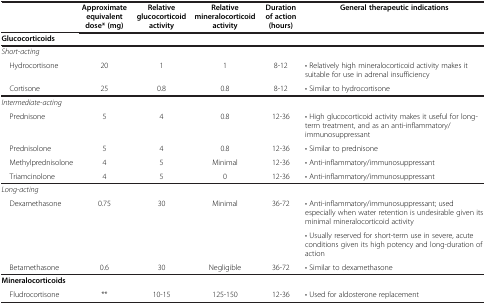
<table><thead><tr><td><b> </b></td><td><b>Approximate equivalent dose* (mg)</b></td><td><b>Relative glucocorticoid activity</b></td><td><b>Relative mineralocorticoid activity</b></td><td><b>Duration of action (hours)</b></td><td><b>General therapeutic indications</b></td></tr></thead><tbody><tr><td colspan="6"><b>Glucocorticoids</b></td></tr><tr><td><i>Short-acting</i></td><td> </td><td> </td><td> </td><td> </td><td> </td></tr><tr><td> Hydrocortisone</td><td>20</td><td>1</td><td>1</td><td>8-12</td><td>• Relatively high mineralocorticoid activity makes it suitable for use in adrenal insufficiency</td></tr><tr><td> Cortisone</td><td>25</td><td>0.8</td><td>0.8</td><td>8-12</td><td>• Similar to hydrocortisone</td></tr><tr><td><i>Intermediate-acting</i></td><td> </td><td> </td><td> </td><td> </td><td> </td></tr><tr><td> Prednisone</td><td>5</td><td>4</td><td>0.8</td><td>12-36</td><td>• High glucocorticoid activity makes it useful for long-term treatment, and as an anti-inflammatory/ immunosuppressant</td></tr><tr><td> Prednisolone</td><td>5</td><td>4</td><td>0.8</td><td>12-36</td><td>• Similar to prednisone</td></tr><tr><td>Methylprednisolone</td><td>4</td><td>5</td><td>Minimal</td><td>12-36</td><td>• Anti-inflammatory/immunosuppressant</td></tr><tr><td> Triamcinolone</td><td>4</td><td>5</td><td>0</td><td>12-36</td><td>• Anti-inflammatory/immunosuppressant</td></tr><tr><td colspan="6"><i>Long-acting</i></td></tr><tr><td rowspan="2"> Dexamethasone</td><td rowspan="2">0.75</td><td rowspan="2">30</td><td rowspan="2">Minimal</td><td rowspan="2">36-72</td><td>• Anti-inflammatory/immunosuppressant; used especially when water retention is undesirable given its minimal mineralocorticoid activity</td></tr><tr><td>• Usually reserved for short-term use in severe, acute conditions given its high potency and long-duration of action</td></tr><tr><td> Betamethasone</td><td>0.6</td><td>30</td><td>Negligible</td><td>36-72</td><td>• Similar to dexamethasone</td></tr><tr><td colspan="6"><b>Mineralocorticoids</b></td></tr><tr><td> Fludrocortisone</td><td>**</td><td>10-15</td><td>125-150</td><td>12-36</td><td>• Used for aldosterone replacement</td></tr></tbody></table>